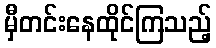
မှီတင်းနေထိုင်ကြသည့်